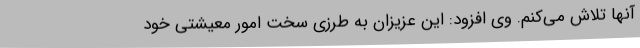
آنها تلاش می‌کنم. وی افزود: این عزیزان به طرزی سخت امور معیشتی خود